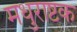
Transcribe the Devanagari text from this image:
मधुराष्टक